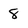
Character: 8